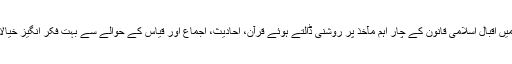
اپنے مضمون کے آخر میں اقبال اسلامی قانون کے چار اہم مآخذ پر روشنی ڈالتے ہوئے قرآن، احادیث، اجماع اور قیاس کے حوالے سے بہت فکر انگیز خیالات کا اظہار کرتے ہیں۔